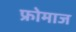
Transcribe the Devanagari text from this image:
फ्रोमाज